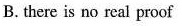
B.there is no real proof